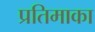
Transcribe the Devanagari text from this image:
प्रतिमाका